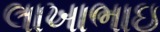
લાખાભાઇ